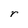
Character: r